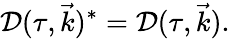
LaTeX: {\cal D}(\tau,\vec{k})^{*}={\cal D}(\tau,\vec{k}).